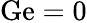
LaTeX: \mathrm{Ge}=0